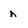
Character: n